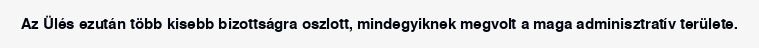
Az Ülés ezután több kisebb bizottságra oszlott, mindegyiknek megvolt a maga adminisztratív területe.